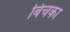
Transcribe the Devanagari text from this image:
बिचका